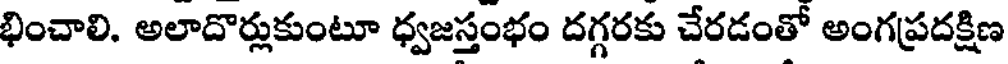
భించాలి. అలాదొర్లుకుంటూ ధ్వజస్తంభం దగ్గరకు చేరడంతో అంగప్రదక్షిణ